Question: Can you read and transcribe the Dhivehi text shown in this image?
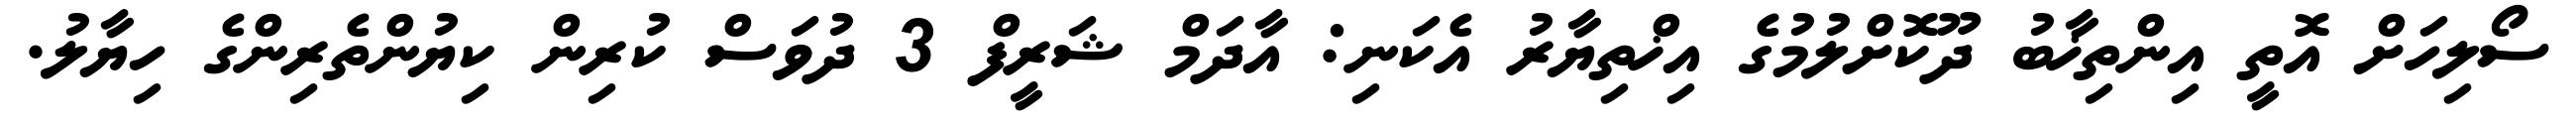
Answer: ސޯލިހަށް އޮތީ އިންތިޚާބު ދޫކޮށްލުމުގެ އިޚްތިޔާރު އެކަނި: އާދަމް ޝަރީފް 3 ދުވަސް ކުރިން ކިޔުންތެރިންގެ ހިޔާލު.